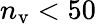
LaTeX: n_{\mathrm{v}}<50